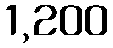
1,200